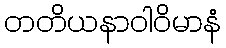
တတိယနာဝါဝိမာနံ